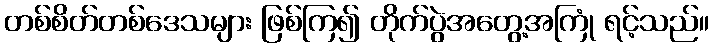
တစ်စိတ်တစ်ဒေသများ ဖြစ်ကြ၍ တိုက်ပွဲအတွေ့အကြုံ ရင့်သည်။